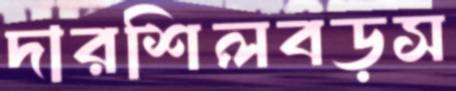
দারশিলবড়স